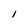
Character: l